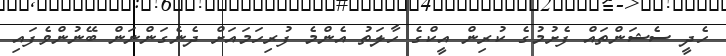
ހެދީ ސެޝަންތައް ފެށުމުގެ ކުރިން އީކްގެ ހާލަތު އެންމެ ފުރިހަމައަށް ދެނެގަންނަން ބޭނުންވެފައި